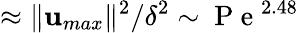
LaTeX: \approx\| \mathbf{u}_{max}\| ^{2}/\delta^{2}\sim\mathrm{~P~e~}^{2.48}